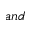
a n d